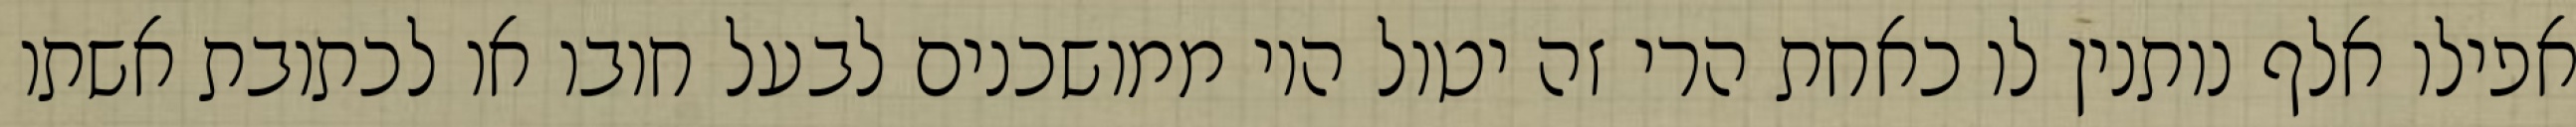
אפילו אלף נותנין לו כאחת הרי זה יטול היו ממושכנים לבעל חובו או לכתובת אשתו